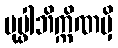
ပုပ္ဖါဘိက္ကိဏမှိ